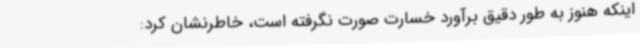
اینکه هنوز به طور دقیق برآورد خسارت صورت نگرفته است، خاطرنشان کرد: